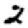
Digit: 2